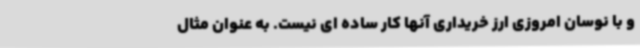
و با نوسان امروزی ارز خریداری آنها کار ساده ای نیست. به عنوان مثال